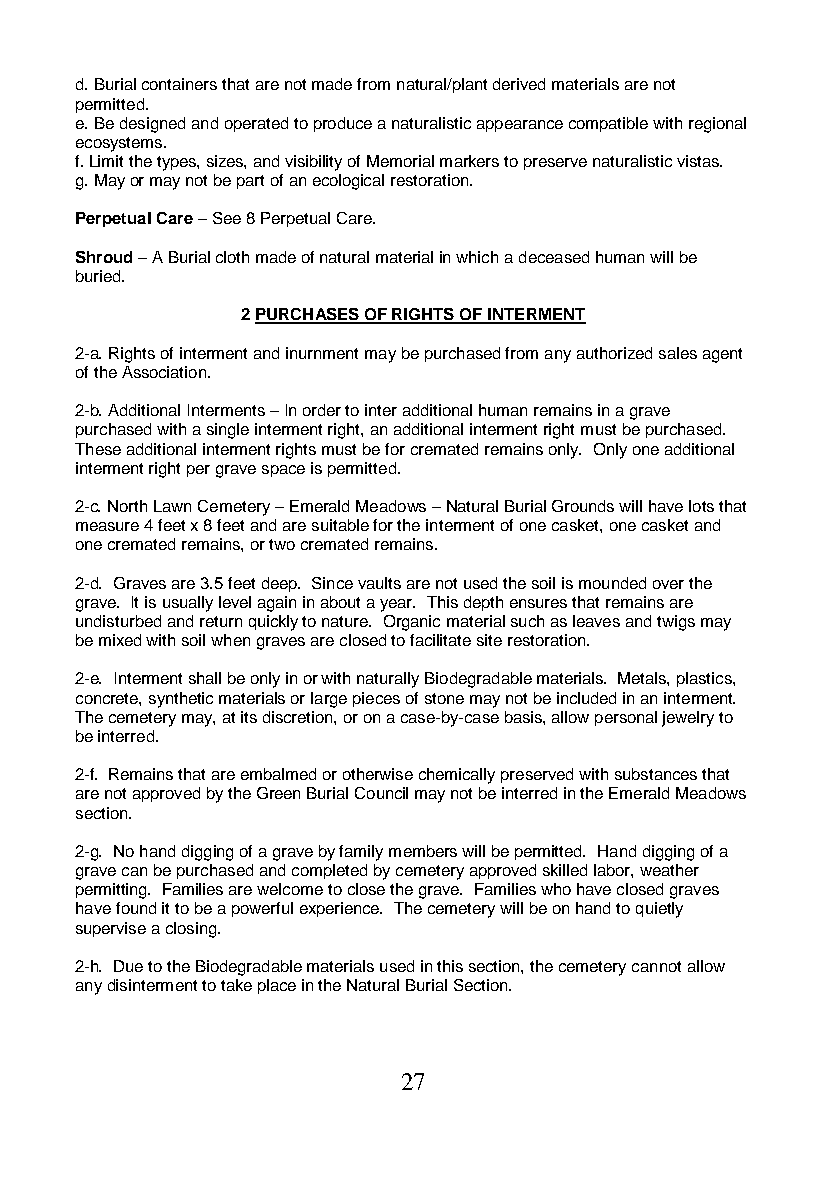
d. Burial containers that are not made from natural/plant derived materials are not
 permitted.
 e. Be designed and operated to produce a naturalistic appearance compatible with regional
 ecosystems.
 f. Limit the types, sizes, and visibility of Memorial markers to preserve naturalistic vistas.
 g. May or may not be part of an ecological restoration.
 Perpetual Care – See 8 Perpetual Care.
 Shroud – A Burial cloth made of natural material in which a deceased human will be
 buried.
 2 PURCHASES OF RIGHTS OF INTERMENT
 2-a. Rights of interment and inurnment may be purchased from any authorized sales agent
 of the Association.
 2-b. Additional Interments – In order to inter additional human remains in a grave
 purchased with a single interment right, an additional interment right must be purchased.
 These additional interment rights must be for cremated remains only. Only one additional
 interment right per grave space is permitted.
 2-c. North Lawn Cemetery – Emerald Meadows – Natural Burial Grounds will have lots that
 measure 4 feet x 8 feet and are suitable for the interment of one casket, one casket and
 one cremated remains, or two cremated remains.
 2-d. Graves are 3.5 feet deep. Since vaults are not used the soil is mounded over the
 grave. It is usually level again in about a year. This depth ensures that remains are
 undisturbed and return quickly to nature. Organic material such as leaves and twigs may
 be mixed with soil when graves are closed to facilitate site restoration.
 2-e. Interment shall be only in or with naturally Biodegradable materials. Metals, plastics,
 concrete, synthetic materials or large pieces of stone may not be included in an interment.
 The cemetery may, at its discretion, or on a case-by-case basis, allow personal jewelry to
 be interred.
 2-f. Remains that are embalmed or otherwise chemically preserved with substances that
 are not approved by the Green Burial Council may not be interred in the Emerald Meadows
 section.
 2-g. No hand digging of a grave by family members will be permitted. Hand digging of a
 grave can be purchased and completed by cemetery approved skilled labor, weather
 permitting. Families are welcome to close the grave. Families who have closed graves
 have found it to be a powerful experience. The cemetery will be on hand to quietly
 supervise a closing.
 2-h. Due to the Biodegradable materials used in this section, the cemetery cannot allow
 any disinterment to take place in the Natural Burial Section.
 27